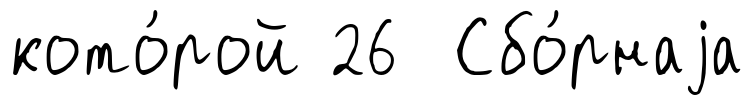
кото́рой 26 Сбо́рнаjа